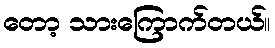
တော့ သားကြောက်တယ်။